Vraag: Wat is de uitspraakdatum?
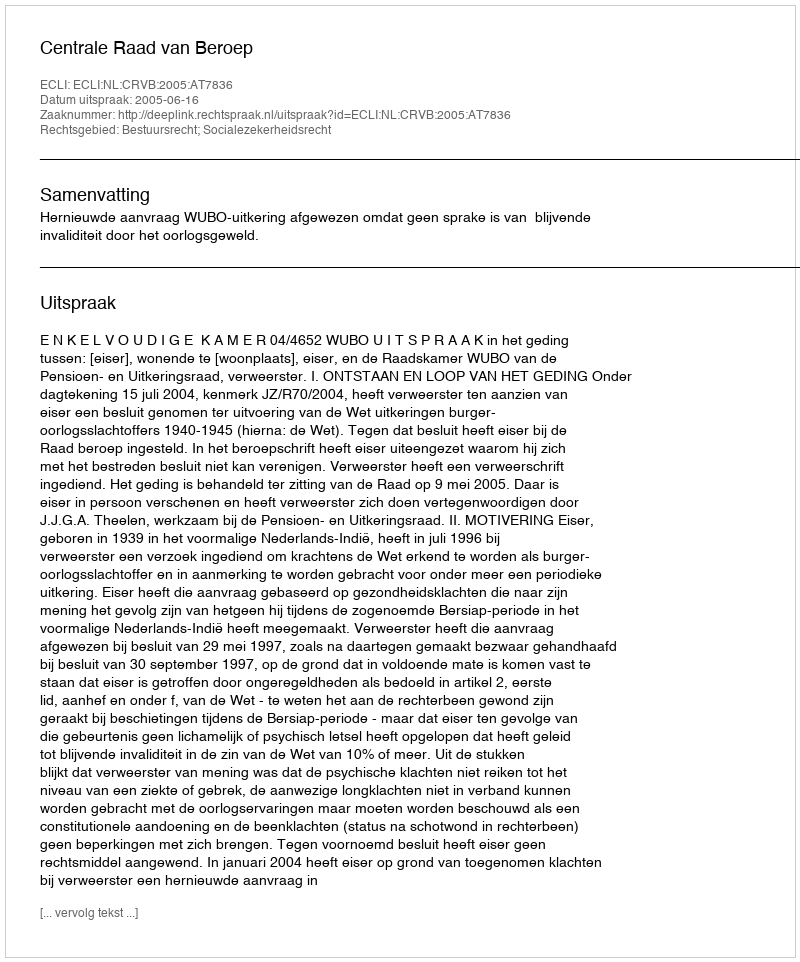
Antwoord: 2005-06-16